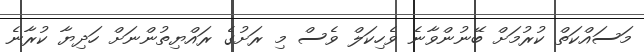
މަސައްކަތް ކުރުމަށް ބޭނުންވާނެ ވެހިކަލް ވެސް މި ރަށުގެ ރައްޔިތުންނަށް ހަދިޔާ ކުރާނެ